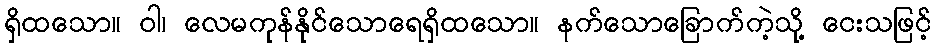
ရှိထသော။ ဝါ၊ လေမကုန်နိုင်သောရေရှိထသော။ နက်သောခြောက်ကဲ့သို့ ငေးသဖြင့်